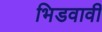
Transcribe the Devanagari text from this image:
भिडवावी